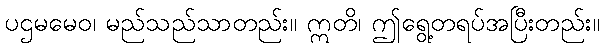
ပဌမမေဝ၊ မည်သည်သာတည်း။ ဣတိ၊ ဤရွေ့တရပ်အပြီးတည်း။